Indian journal of veterinary science and animal husbandry - Volumes 24-25, 1954-1955
Year: 1954
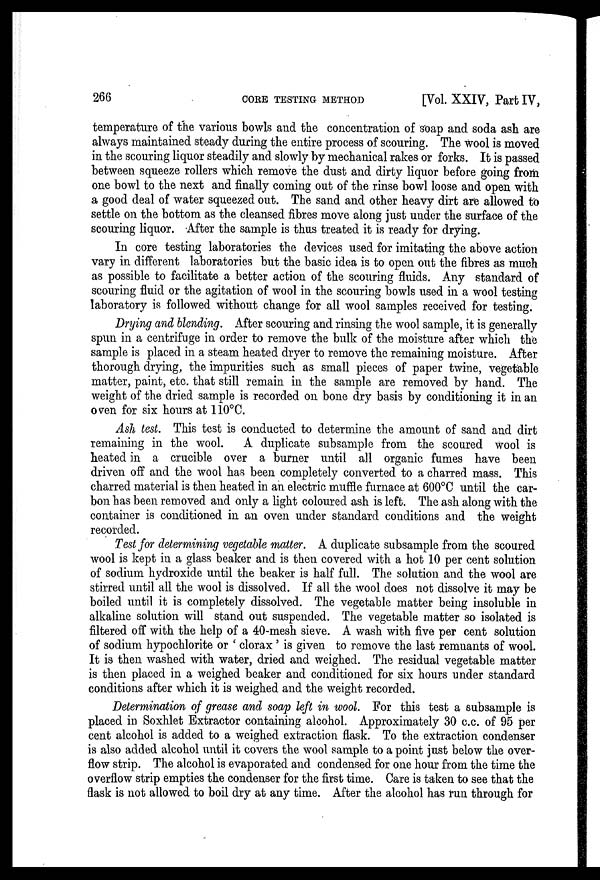
266
CORE
TESTING
METHOD
[Vol. XXIV, Part IV,
temperature of the various bowls and the concentration of soap and soda ash are
always maintained steady during the entire process of scouring. The wool is moved
in the scouring liquor steadily and slowly by mechanical rakes or forks. It is passed
between squeeze rollers which remove the dust and dirty liquor before going from
one bowl to the next and finally coming out of the rinse bowl loose and open with
a good deal of water squeezed out. The sand and other heavy dirt are allowed to
settle on the bottom as the cleansed fibres move along just under the surface of the
scouring liquor. After the sample is thus treated it is ready for drying.
In core testing laboratories the devices used for imitating the above action
vary in different laboratories but the basic idea is to open out the fibres as much
as possible to facilitate a better action of the scouring fluids. Any standard of
scouring fluid or the agitation of wool in the scouring bowls used in a wool testing
laboratory is followed without change for all wool samples received for testing.
Drying and blending. After scouring and rinsing the wool sample, it is generally
spun in a centrifuge in order to remove the bulk of the moisture after which the
sample is placed in a steam heated dryer to remove the remaining moisture. After
thorough drying, the impurities such as small pieces of paper twine, vegetable
matter, paint, etc. that still remain in the sample are removed by hand. The
weight of the dried sample is recorded on bone dry basis by conditioning it in an
oven for six hours at 110°C.
Ash test. This test is conducted to determine the amount of sand and dirt
remaining in the wool. A duplicate subsample from the scoured wool is
heated in a crucible over a burner until all organic fumes have been
driven off and the wool has been completely converted to a charred mass. This
charred material is then heated in an electric muffle furnace at 600°C until the car-
bon has been removed and only a light coloured ash is left. The ash along with the
container is conditioned in an oven under standard conditions and the weight
recorded.
Test for determining vegetable matter. A duplicate subsample from the scoured
wool is kept in a glass beaker and is then covered with a hot 10 per cent solution
of sodium hydroxide until the beaker is half full. The solution and the wool are
stirred until all the wool is dissolved. If all the wool does not dissolve it may be
boiled until it is completely dissolved. The vegetable matter being insoluble in
alkaline solution will stand out suspended. The vegetable matter so isolated is
filtered off with the help of a 40-mesh sieve. A wash with five per cent solution
of sodium hypochlorite or ' clorax ' is given to remove the last remnants of wool.
It is then washed with water, dried and weighed. The residual vegetable matter
is then placed in a weighed beaker and conditioned for six hours under standard
conditions after which it is weighed and the weight recorded.
Determination of grease and soap left in wool. For this test a subsample is
placed in Soxhlet Extractor containing alcohol. Approximately 30 c.c. of 95 per
cent alcohol is added to a weighed extraction flask. To the extraction condenser
is also added alcohol until it covers the wool sample to a point just below the over-
flow strip. The alcohol is evaporated and condensed for one hour from the time the
overflow strip empties the condenser for the first time. Care is taken to see that the
flask is not allowed to boil dry at any time. After the alcohol has run through for